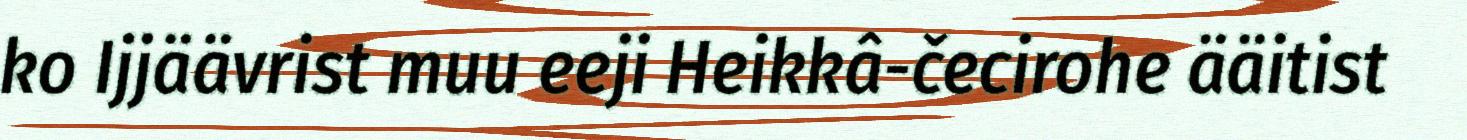
ko Ijjäävrist muu eeji Heikkâ-čecirohe ääitist